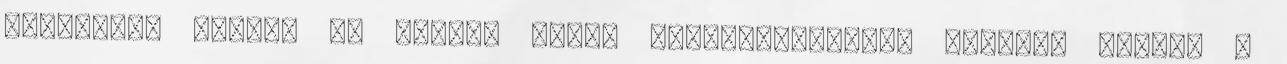
dolgokban látod, az anyagi világ tudatszintjéhez kötözöd magad. A